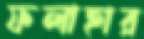
ফলাহার